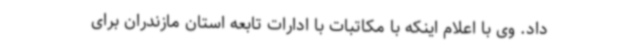
داد. وی با اعلام اینکه با مکاتبات با ادارات تابعه استان مازندران برای